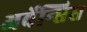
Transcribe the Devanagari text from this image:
अर्वेन्सिस